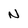
Character: n